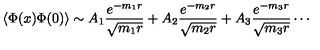
\langle \Phi ( x ) \Phi ( 0 ) \rangle \sim A _ { 1 } \frac { e ^ { - m _ { 1 } r } } { \sqrt { m _ { 1 } r } } + A _ { 2 } \frac { e ^ { - m _ { 2 } r } } { \sqrt { m _ { 2 } r } } + A _ { 3 } \frac { e ^ { - m _ { 3 } r } } { \sqrt { m _ { 3 } r } } \cdots